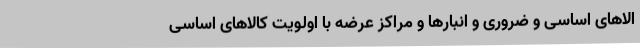
الاهای اساسی و ضروری و انبارها و مراکز عرضه با اولویت کالاهای اساسی